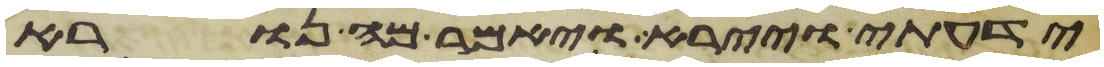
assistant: ידעתי ויירא ויאמר מה נורא